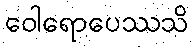
ဝေါရောပေဿသိ